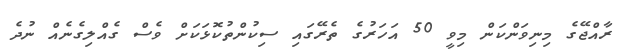
ރާއްޖޭގެ މިނިވަންކަން މިވީ 50 އަހަރުގެ ތެރޭގައި ސިކުންތުކޮޅަކަށް ވެސް ގެއްލިގެނެއް ނުދެ